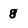
Character: g